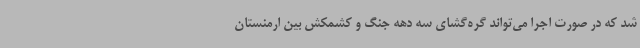
شد که در صورت اجرا می‌تواند گره‌گشای سه دهه جنگ و کشمکش بین ارمنستان